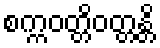
စက္ကဝတ္တိဝတ္တန္တိ